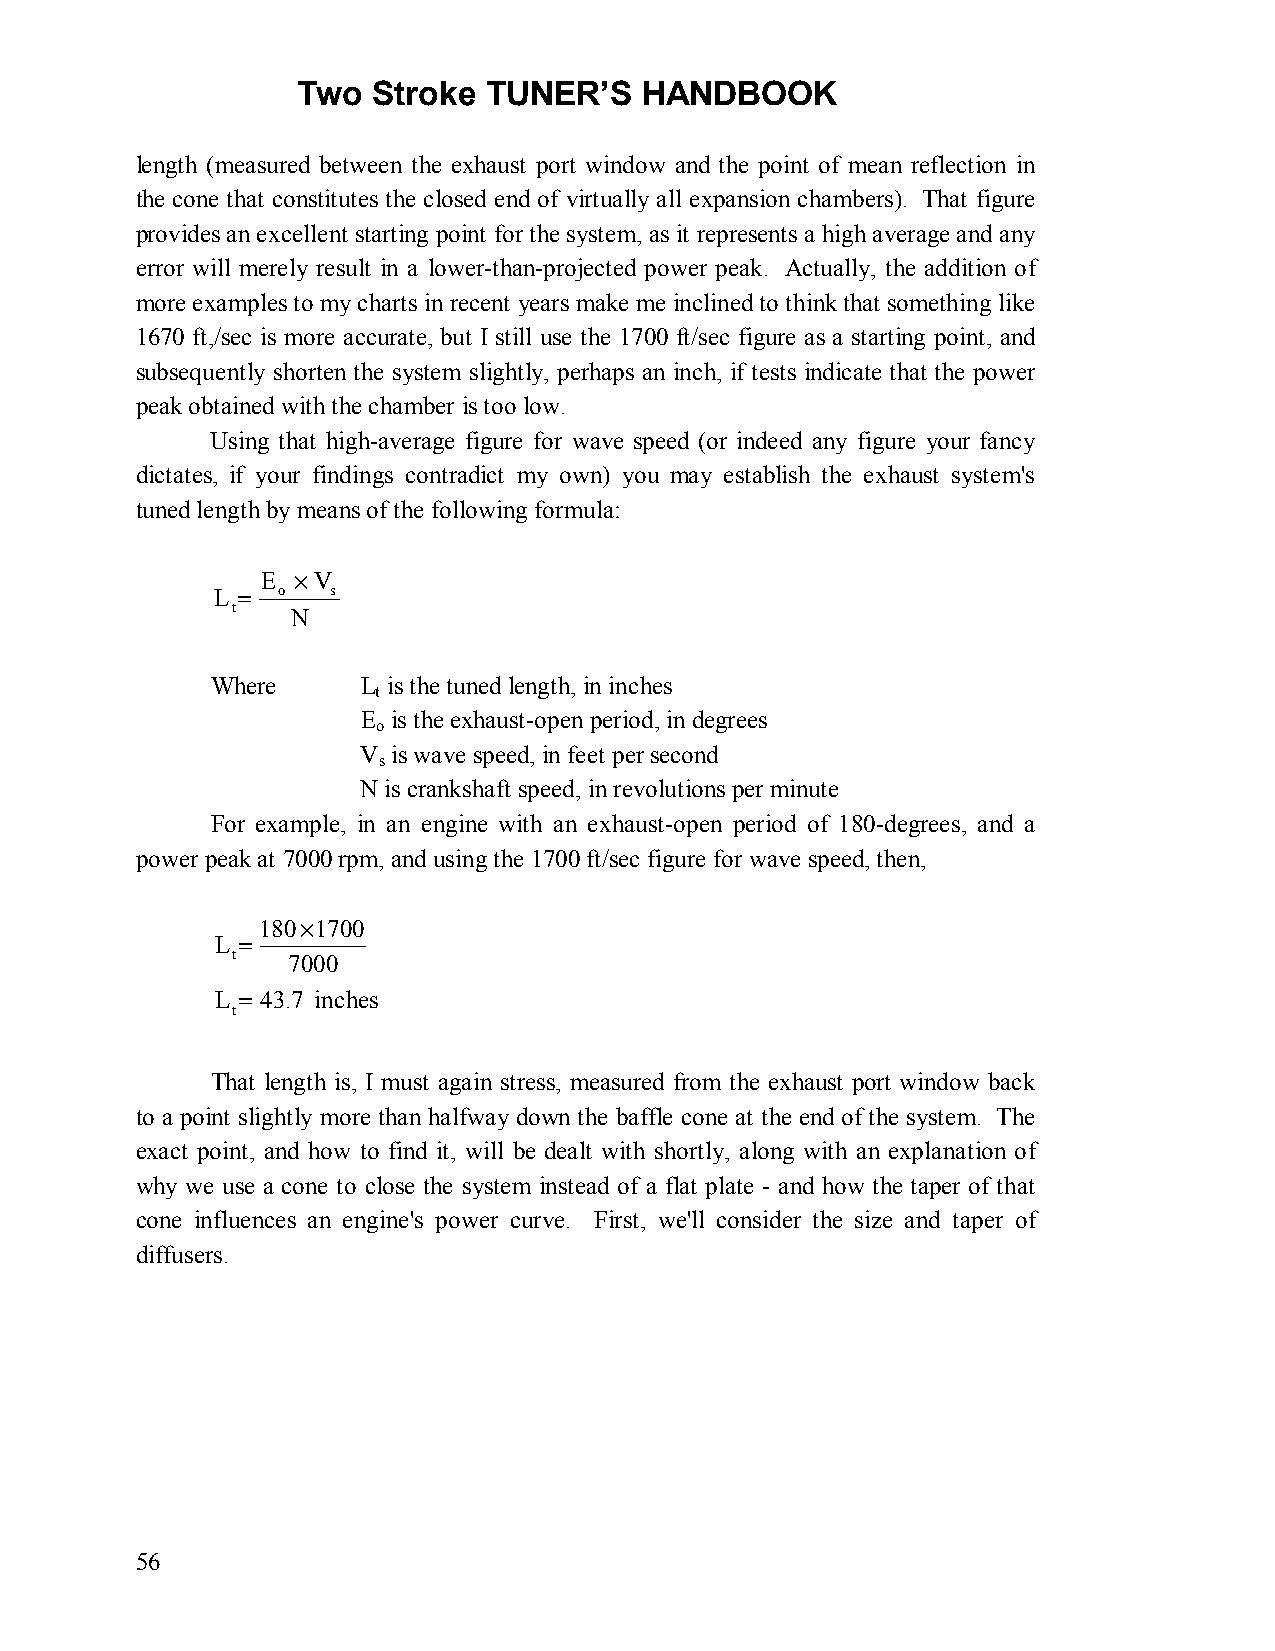
Two  Stroke TUNER’S   HANDBOOK
 length (measured between the exhaust port window and the point of mean reflection in
 the cone that constitutes the closed end of virtually all expansion chambers). That figure
 provides an excellent starting point for the system, as it represents a high average and any
 error will merely result in a lower-than-projected power peak. Actually, the addition of
 more examples to my charts in recent years make me inclined to think that something like
 1670 ft,/sec is more accurate, but I still use the 1700 ft/sec figure as a starting point, and
 subsequently shorten the system slightly, perhaps an inch, if tests indicate that the power
 peak obtained with the chamber is too low.
 Using that high-average figure for wave speed (or indeed any figure your fancy
 dictates, if your findings contradict my own) you may establish the exhaust system's
 tuned length by means of the following formula:
 E ×V
 L = o   s
 t   N
 Where     L is the tuned length, in inches
 t
 E is the exhaust-open period, in degrees
 o
 V is wave speed, in feet per second
 s
 N is crankshaft speed, in revolutions per minute
 For example, in an engine with an exhaust-open period of 180-degrees, and a
 power peak at 7000 rpm, and using the 1700 ft/sec figure for wave speed, then,
 180×1700
 L =
 t   7000
 L = 43.7 inches
 t
 That length is, I must again stress, measured from the exhaust port window back
 to a point slightly more than halfway down the baffle cone at the end of the system. The
 exact point, and how to find it, will be dealt with shortly, along with an explanation of
 why we use a cone to close the system instead of a flat plate - and how the taper of that
 cone influences an engine's power curve. First, we'll consider the size and taper of
 diffusers.
 56